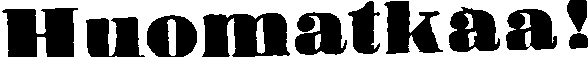
Huomatkaa!